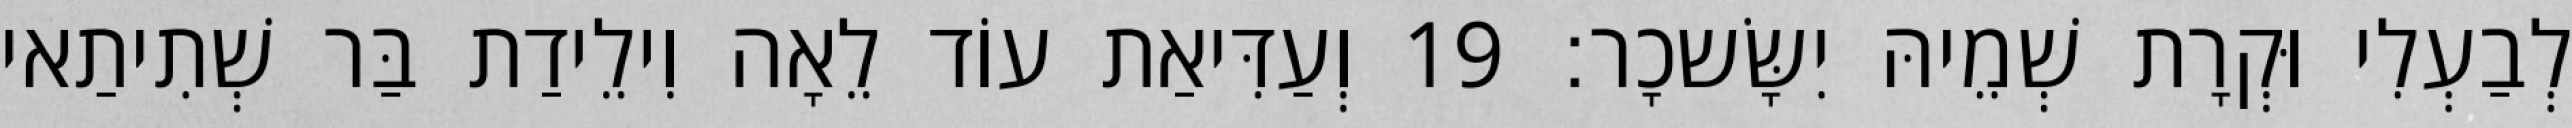
לְבַעְלִי וּקְרָת שְׁמֵיהּ יִשָּׂשכָר׃ 19 וְעַדִּיאַת עוֹד לֵאָה וִילֵידַת בַּר שְׁתִיתַאי